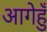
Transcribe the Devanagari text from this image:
आगेहुँ